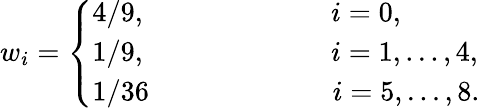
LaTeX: {w}_{i}=\left\{ \begin{array}{ll}{4/9,~~~~~~~~~~~~~~~~~~~~~~~~~~i=0,}\\ {1/9,~~~~~~~~~~~~~~~~~~~~~~~~~~i=1,...,4,}\\ {1/36~~~~~~~~~~~~~~~~~~~~~~~~~~i=5,...,8.}\end{array}\right.